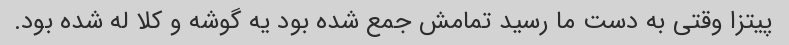
پیتزا وقتی به دست ما رسید تمامش جمع شده بود یه گوشه و کلا له شده بود.